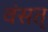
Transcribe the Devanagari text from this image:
वंसत्‌